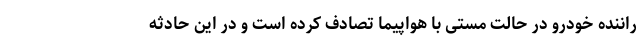
راننده خودرو در حالت مستی با هواپیما تصادف کرده است و در این حادثه